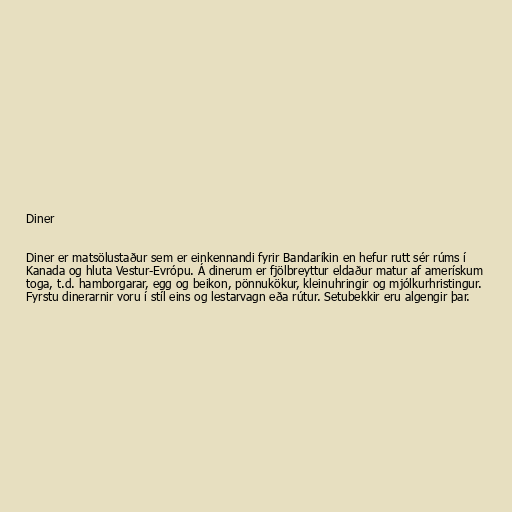
Diner

Diner er matsölustaður sem er einkennandi fyrir Bandaríkin en hefur rutt sér rúms í
Kanada og hluta Vestur-Evrópu. Á dinerum er fjölbreyttur eldaður matur af amerískum
toga, t.d. hamborgarar, egg og beikon, pönnukökur, kleinuhringir og mjólkurhristingur.
Fyrstu dinerarnir voru í stíl eins og lestarvagn eða rútur. Setubekkir eru algengir þar.